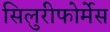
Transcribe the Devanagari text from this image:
सिलुरीफोर्मेस